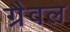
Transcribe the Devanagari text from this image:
ग्रैवल